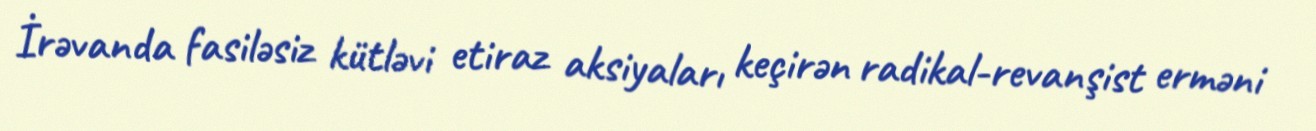
İrəvanda fasiləsiz kütləvi etiraz aksiyaları keçirən radikal-revanşist erməni